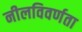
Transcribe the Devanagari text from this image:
नीलविवर्णता